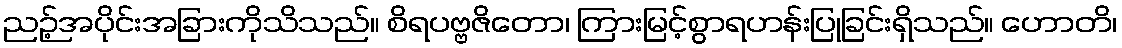
ညဉ့်အပိုင်းအခြားကိုသိသည်။ စိရပဗ္ဗဇိတော၊ ကြားမြင့်စွာရဟန်းပြုခြင်းရှိသည်။ ဟောတိ၊